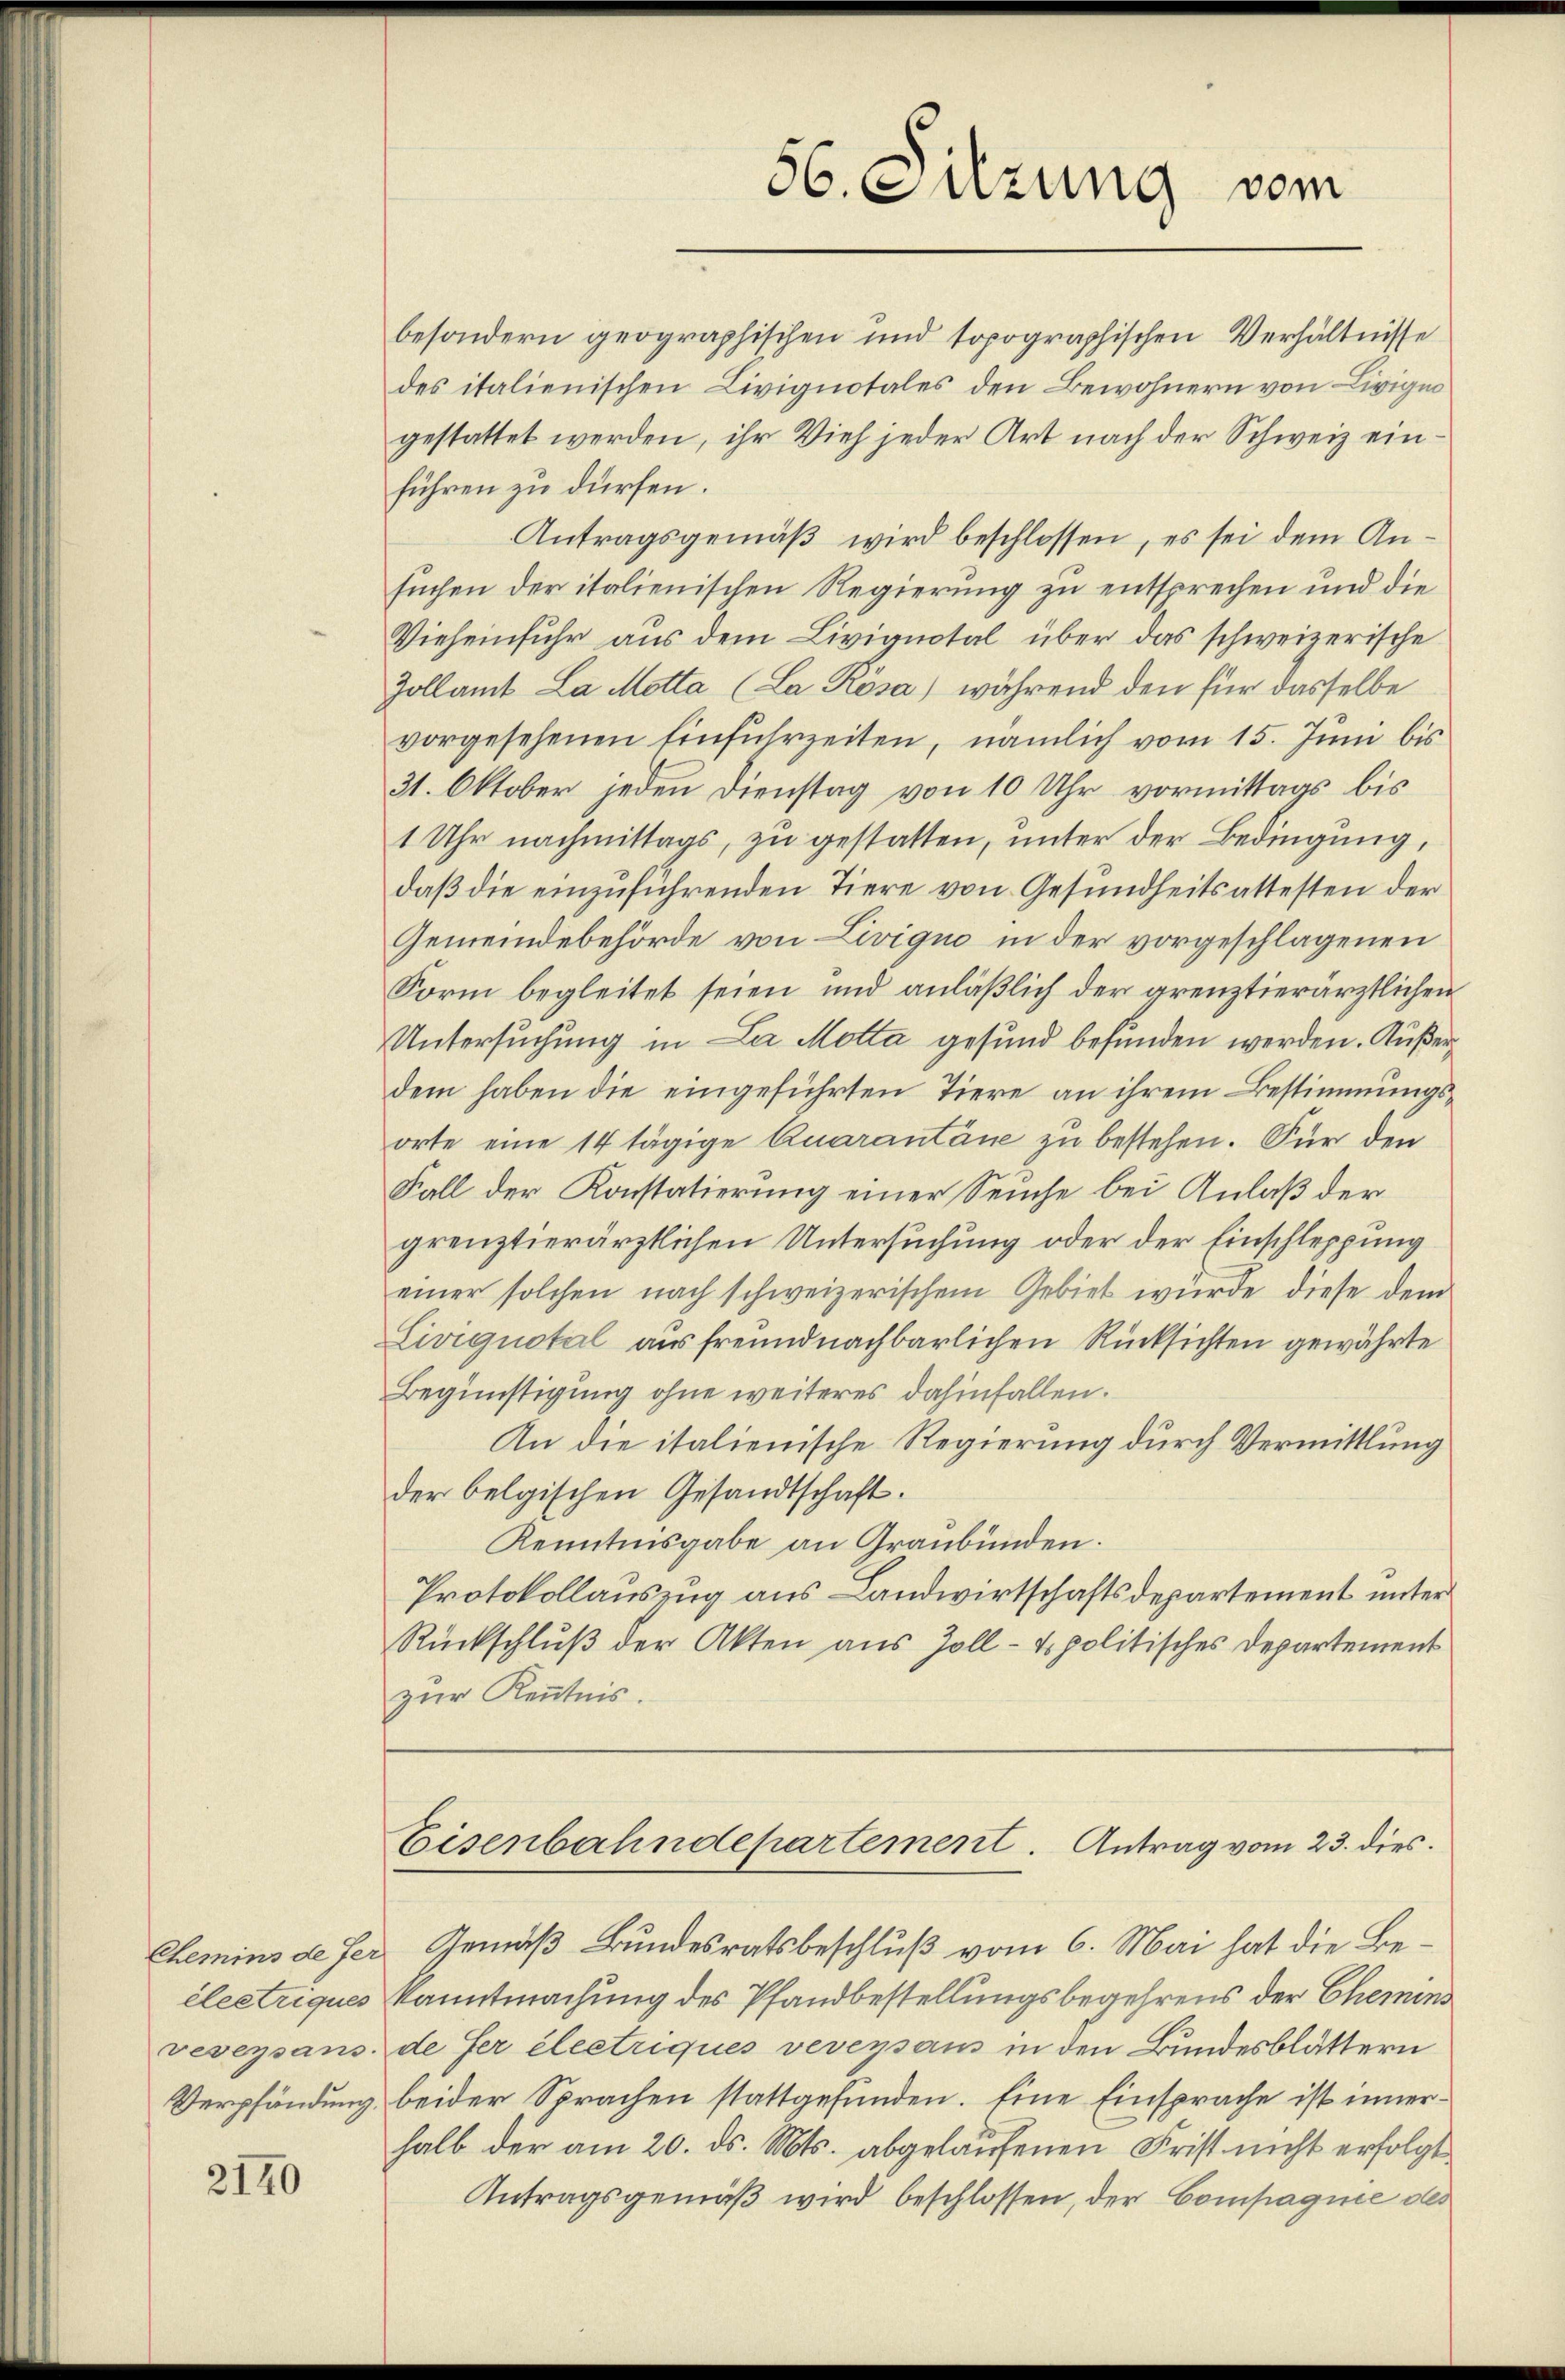
électriques
vesepsans

2140

56. Sitzung vom

besondern geographischen und topographischen Verhältnisse
des italienischen Livignotales den Bewohnern von Livign
gestattet werden, ihr Vieh jeder Art nach der Schweiz einführen zu dürfen.
Antragsgemäß wird beschlossen, es sei dem Ansuchen der italienischen Regierung zu entsprechen und die
Vieheinfuhr aus dem Livignotal über das schweizerische
Zollamt La Motta (La Rösa) während den für dasselbe
vorgesehenen Einfuhrzeiten, nämlich vom 15. Juni bis
31. Oktober jeden Dienstag von 10 Uhr vormittags bis
1 Uhr nachmittags, zu gestatten, unter der Bedingung,
daß die einzuführenden Tiere von Gesundheitsattesten der
Gemeindebehörde von Livigno in der vorgeschlagenen
Form begleitet seien und anläßlich der grenztierärztlichen
Untersuchung in La Motta gesund befunden werden. Außerdem haben die eingeführten Tiere an ihrem Bestimmungsorte eine 14 tägige Quarantäne zu bestehen. Für den
Fall der Konstatierung einer Seuche bei Anlaß der
grenztierärztlichen Untersuchung oder der Einschleppung
einer solchen nach schweizerischem Gebiet würde diese dem
Liviquotal aus freundnachbarlichen Rücksichten gewährte
Begünstigung ohne weiteres dahinfallen.
An die italienische Regierung durch Vermittlung
der belgischen Gesandtschaft.
Kenntnisgabe an Graubünden.
Protokollauszug aus Landwirtschaftsdepartement unter
Rückschluß der Akten aus Zoll-tspolitisches Departement
zur Kenntnis.
Eisenbahndepartement. Antrag vom 23. dies
Chemins de ser Gemäß Bundesratsbeschluß vom 6. Mai hat die Bekanntmachung des Pfandbestellungsbegehrens der Chemins
de Her électriques veversans in den Bundesblättern
Verpfändung beider Sprachen stattgefunden. Eine Einsprache ist innerhalb der am 20. ds. Mts. abgelaufenen Frist nicht erfolgt
Antragsgemäβ wird beschlossen, der Compagnie des